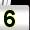
Digit: 5